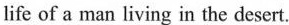
life of a man living in the desert.